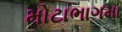
મોટાભાગમા